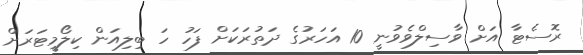
ރޮސެޓާ އަށް ވާސިލްވެވުނީ 10 އަހަރުގެ ދަތުރަކަށް ފަހު ހަ ބިލިއަން ކިލޯމީޓަރަށް